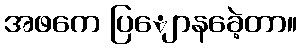
အဖကေ ပြျောနခေဲ့တာ။